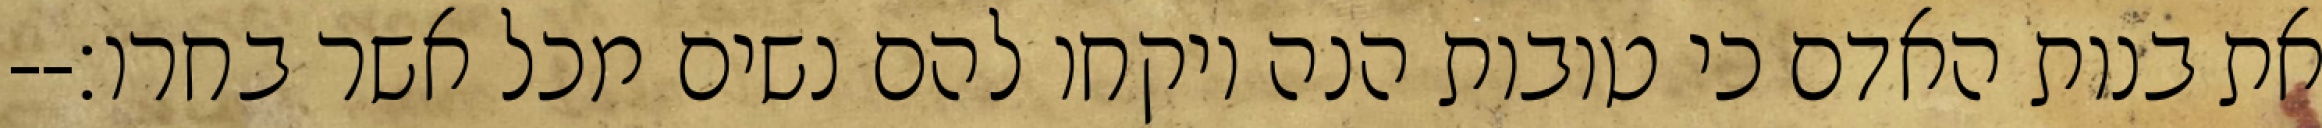
את בנות האדם כי טובות הנה ויקחו להם נשים מכל אשר בחרו׃--